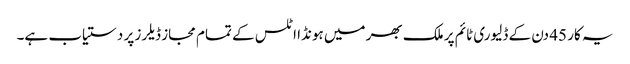
یہ کار 45 دن کے ڈلیوری ٹائم پر ملک بھر میں ہونڈا اٹلس کے تمام مجاز ڈیلرز پر دستیاب ہے۔